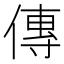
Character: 傳